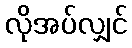
လိုအပ်လျှင်